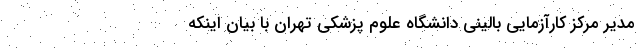
مدیر مرکز کارآزمایی بالینی دانشگاه علوم پزشکی تهران با بیان اینکه